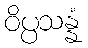
ဝိပ္ပသန္နံ